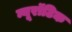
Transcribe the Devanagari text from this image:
न्यूरॉटिक